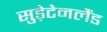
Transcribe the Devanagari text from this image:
सुड़ेटेनलैंड